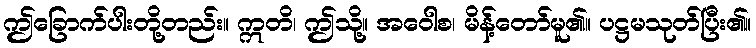
ဤခြောက်ပါးတို့တည်း။ ဣတိ၊ ဤသို့။ အဝေါစ၊ မိန့်တော်မူ၏။ ပဋ္ဌမသုတ်ပြီး၏။